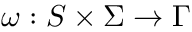
\omega : S \times \Sigma \rightarrow \Gamma